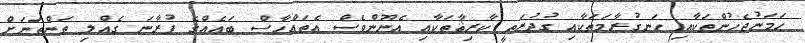
ހަމަނުޖެހުންތަކާއި ހަނގުރާމަތަކާއި ގުދުރަތީ ކާރިޘާތަކާއި އެނޫންވެސް އެތައްހާސް ބައެއްގެ ފުރާނަ ގެއްލި ތަންތަނަށް